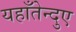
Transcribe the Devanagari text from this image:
यहाँतेन्दुए